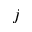
j